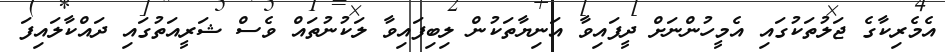
އެމެރިކާގެ ޖަލުތަކުގައި އެމީހުންނަށް ދީފައިވާ އަނިޔާތަކުން ލިބިފައިވާ ލަކުނުތައް ވެސް ޝަރީއަތުގައި ދައްކާލައިފަ